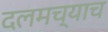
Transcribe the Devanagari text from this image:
दलमच्याच